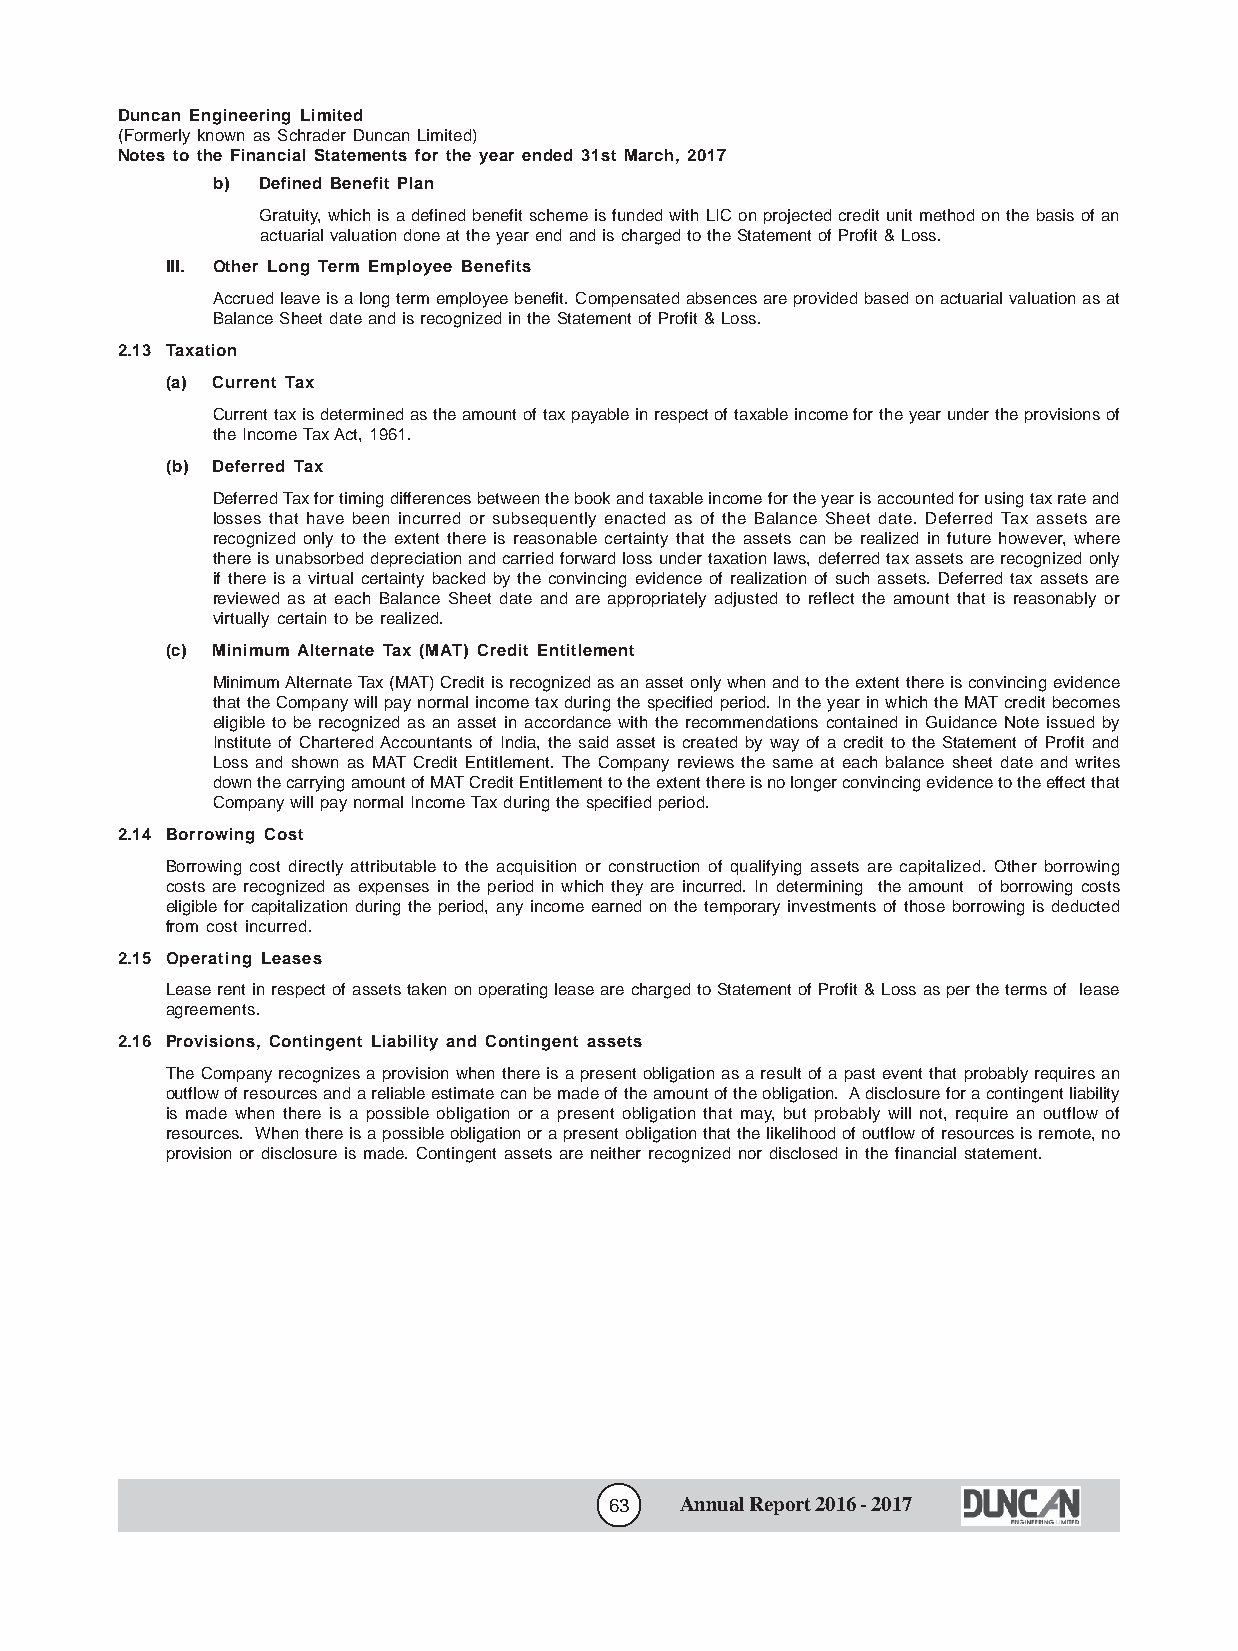
Duncan Engineering Limited
 (Formerly known as Schrader Duncan Limited)
 Notes to the Financial Statements for the year ended 31st March, 2017
 b) Defined Benefit Plan
 Gratuity, which is a defined benefit scheme is funded with LIC on projected credit unit method on the basis of an
 actuarial valuation done at the year end and is charged to the Statement of Profit & Loss.
 III. Other Long Term Employee Benefits
 Accrued leave is a long term employee benefit. Compensated absences are provided based on actuarial valuation as at
 Balance Sheet date and is recognized in the Statement of Profit & Loss.
 2.13 Taxation
 (a) Current Tax
 Current tax is determined as the amount of tax payable in respect of taxable income for the year under the provisions of
 the Income Tax Act, 1961.
 (b) Deferred Tax
 Deferred Tax for timing differences between the book and taxable income for the year is accounted for using tax rate and
 losses that have been incurred or subsequently enacted as of the Balance Sheet date. Deferred Tax assets are
 recognized only to the extent there is reasonable certainty that the assets can be realized in future however, where
 there is unabsorbed depreciation and carried forward loss under taxation laws, deferred tax assets are recognized only
 if there is a virtual certainty backed by the convincing evidence of realization of such assets. Deferred tax assets are
 reviewed as at each Balance Sheet date and are appropriately adjusted to reflect the amount that is reasonably or
 virtually certain to be realized.
 (c) Minimum Alternate Tax (MAT) Credit Entitlement
 Minimum Alternate Tax (MAT) Credit is recognized as an asset only when and to the extent there is convincing evidence
 that the Company will pay normal income tax during the specified period. In the year in which the MAT credit becomes
 eligible to be recognized as an asset in accordance with the recommendations contained in Guidance Note issued by
 Institute of Chartered Accountants of India, the said asset is created by way of a credit to the Statement of Profit and
 Loss and shown as MAT Credit Entitlement. The Company reviews the same at each balance sheet date and writes
 down the carrying amount of MAT Credit Entitlement to the extent there is no longer convincing evidence to the effect that
 Company will pay normal Income Tax during the specified period.
 2.14 Borrowing Cost
 Borrowing cost directly attributable to the acquisition or construction of qualifying assets are capitalized. Other borrowing
 costs are recognized as expenses in the period in which they are incurred. In determining the amount of borrowing costs
 eligible for capitalization during the period, any income earned on the temporary investments of those borrowing is deducted
 from cost incurred.
 2.15 Operating Leases
 Lease rent in respect of assets taken on operating lease are charged to Statement of Profit & Loss as per the terms of lease
 agreements.
 2.16 Provisions, Contingent Liability and Contingent assets
 The Company recognizes a provision when there is a present obligation as a result of a past event that probably requires an
 outflow of resources and a reliable estimate can be made of the amount of the obligation. A disclosure for a contingent liability
 is made when there is a possible obligation or a present obligation that may, but probably will not, require an outflow of
 resources. When there is a possible obligation or a present obligation that the likelihood of outflow of resources is remote, no
 provision or disclosure is made. Contingent assets are neither recognized nor disclosed in the financial statement.
 63   Annual Report 2016 - 2017